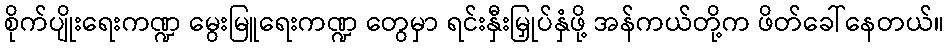
စိုက်ပျိုးရေးကဏ္ဍ မွေးမြူရေးကဏ္ဍ တွေမှာ ရင်းနှီးမြှုပ်နှံဖို့ အန်ကယ်တို့က ဖိတ်ခေါ်နေတယ်။